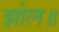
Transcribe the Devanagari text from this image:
झोल॥